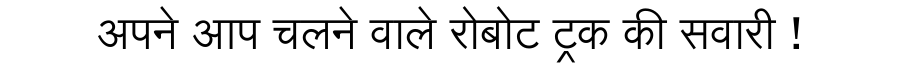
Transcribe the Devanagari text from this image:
अपने आप चलने वाले रोबोट ट्रक की सवारी !